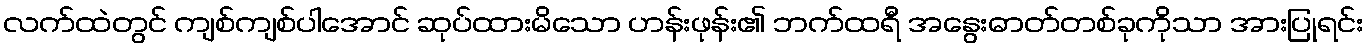
လက်ထဲတွင် ကျစ်ကျစ်ပါအောင် ဆုပ်ထားမိသော ဟန်းဖုန်း၏ ဘက်ထရီ အနွေးဓာတ်တစ်ခုကိုသာ အားပြုရင်း